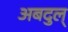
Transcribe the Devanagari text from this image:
अबदुल्